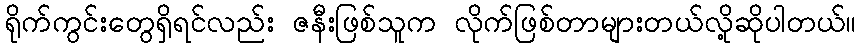
ရိုက်ကွင်းတွေရှိရင်လည်း ဇနီးဖြစ်သူက လိုက်ဖြစ်တာများတယ်လို့ဆိုပါတယ်။